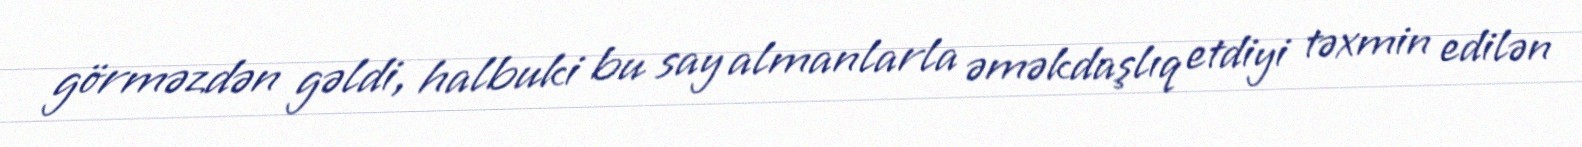
görməzdən gəldi, halbuki bu say almanlarla əməkdaşlıq etdiyi təxmin edilən